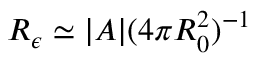
R _ { \epsilon } \simeq | A | ( 4 \pi R _ { 0 } ^ { 2 } ) ^ { - 1 }